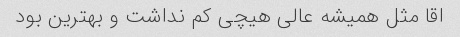
اقا مثل همیشه عالی هیچی کم نداشت و بهترین بود